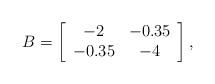
LaTeX: \begin{align*}B = \left[\begin{array}{cc} -2 & -0.35 \\ -0.35 & -4 \end{array} \right],\end{align*}